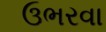
ઉભરવા